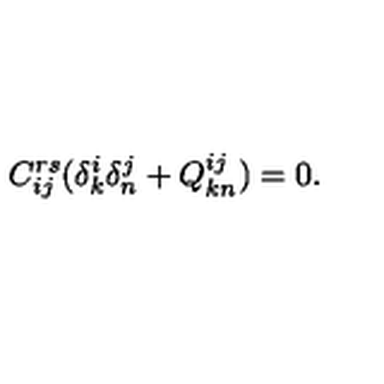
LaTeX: C _ { i j } ^ { r s } ( \delta _ { k } ^ { i } \delta _ { n } ^ { j } + Q _ { k n } ^ { i j } ) = 0 .